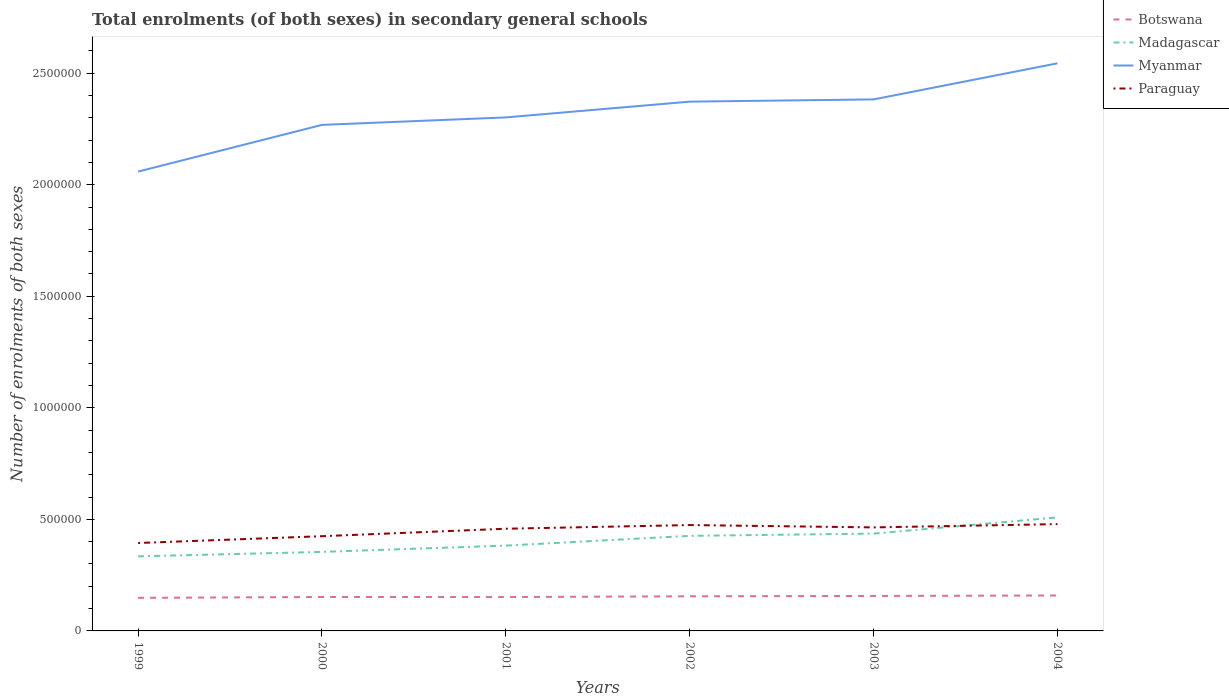
| Years | Botswana | Madagascar | Myanmar | Paraguay |
 | --- | --- | --- | --- | --- |
 | 1999 | 1.48e+05 | 3.34e+05 | 2.06e+06 | 3.94e+05 |
 | 2000 | 1.52e+05 | 3.54e+05 | 2.27e+06 | 4.25e+05 |
 | 2001 | 1.52e+05 | 3.82e+05 | 2.3e+06 | 4.58e+05 |
 | 2002 | 1.55e+05 | 4.26e+05 | 2.37e+06 | 4.75e+05 |
 | 2003 | 1.57e+05 | 4.36e+05 | 2.38e+06 | 4.64e+05 |
 | 2004 | 1.59e+05 | 5.09e+05 | 2.54e+06 | 4.79e+05 |